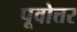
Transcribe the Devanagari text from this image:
पूवोत्तर